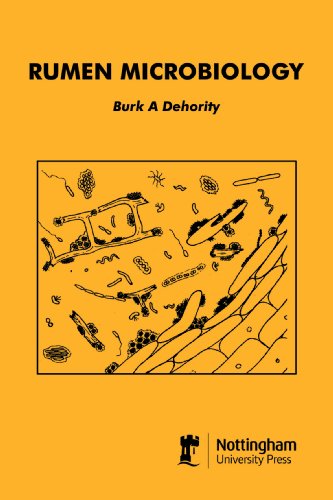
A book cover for Rumen Microbiology; Burk A. Dehority; Medical Books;